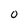
Character: 0